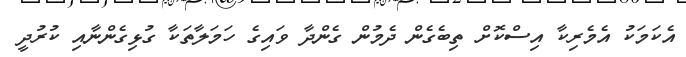
އެކަމަކު އެމެރިކާ އިސްކޮށް ތިބެގެން ދެމުން ގެންދާ ވައިގެ ހަމަލާތަކާ ގުޅިގެންނާއި ކުރުދީ